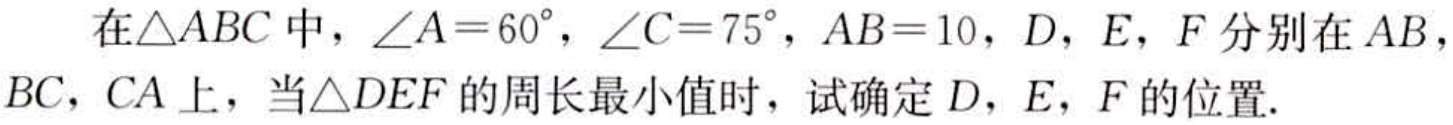
在\(\triangle ABC\)中，\(\angle A = 60^{\circ}\)，\(\angle C = 75^{\circ}\)，\(AB = 10\)，\(D\)，\(E\)，\(F\)分别在\(AB\)，\(BC\)，\(CA\)上，当\(\triangle DEF\)的周长最小值时，试确定\(D\)，\(E\)，\(F\)的位置.